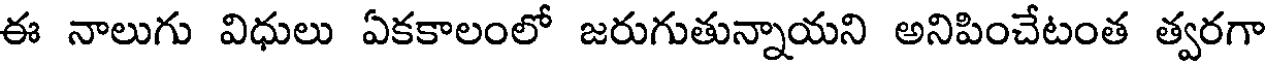
ఈ నాలుగు విధులు ఏకకాలంలో జరుగుతున్నాయని అనిపించేటంత త్వరగా